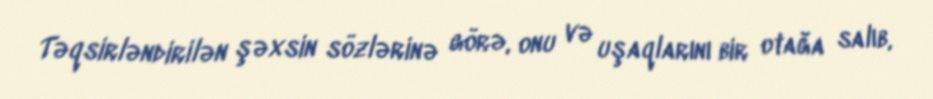
Təqsirləndirilən şəxsin sözlərinə görə, onu və uşaqlarını bir otağa salıb,